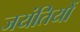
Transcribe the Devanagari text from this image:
जयंतियों